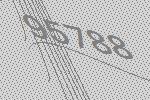
95788